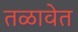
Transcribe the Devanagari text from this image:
तळावेत